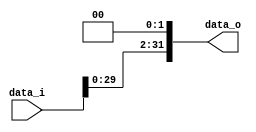
`timescale 1ns/1ps


module Shift_Left_Two_32(
	data_i,
	data_o
);

// I/O ports
input [32-1:0] data_i;
output [32-1:0] data_o;

// shift left 2
assign data_o = {data_i[29:0], 2'b0};

endmodule